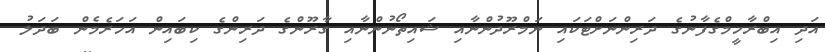
އަދި އިބްރާހީމްގެފާނުގެ ދަރިންނަށްޓަކައި ނަމްރޫދުންނާއި ޝައިތޯނުންނާއި ގާރޫންގެ ދަރިންގެ ކިބައިން އަހަރެމެން ބަދަލު